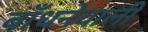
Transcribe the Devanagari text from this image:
बाँधनेवाली